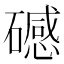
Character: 䃭